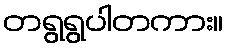
တရွရွပါတကား။